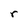
Character: r